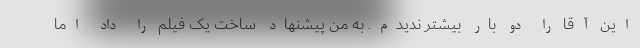
این آقا را دو بار بیشتر ندیدم. به من پیشنهاد ساخت یک فیلم را داد اما